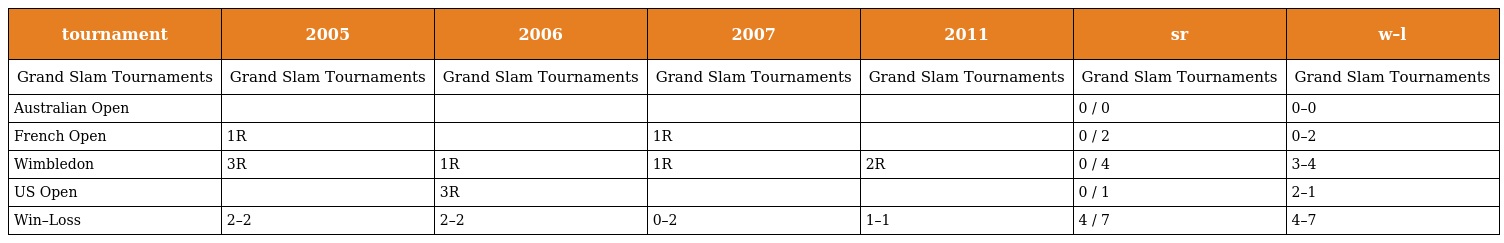
| tournament | 2005 | 2006 | 2007 | 2011 | sr | w–l |
 | --- | --- | --- | --- | --- | --- | --- |
 | Grand Slam Tournaments | Grand Slam Tournaments | Grand Slam Tournaments | Grand Slam Tournaments | Grand Slam Tournaments | Grand Slam Tournaments | Grand Slam Tournaments |
 | Australian Open |  |  |  |  | 0 / 0 | 0–0 |
 | French Open | 1R |  | 1R |  | 0 / 2 | 0–2 |
 | Wimbledon | 3R | 1R | 1R | 2R | 0 / 4 | 3–4 |
 | US Open |  | 3R |  |  | 0 / 1 | 2–1 |
 | Win–Loss | 2–2 | 2–2 | 0–2 | 1–1 | 4 / 7 | 4–7 |